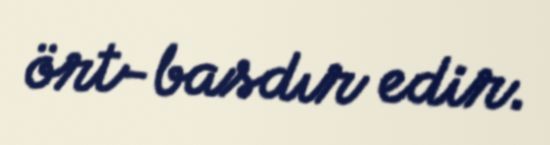
ört-basdır edir.